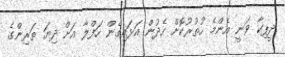
ދީޕިކާ ވަނީ އެންމެ ހުތުރުކޮށް ހެދުން އަޅައިގެން ހަފްލާ އަށް ދިޔަ ތަރިންގެ